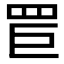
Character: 𦊐